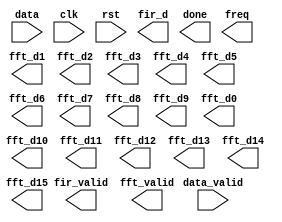

module  FAS (data_valid, data, clk, rst, fir_d, fir_valid, fft_valid, done, freq,
 fft_d1, fft_d2, fft_d3, fft_d4, fft_d5, fft_d6, fft_d7, fft_d8,
 fft_d9, fft_d10, fft_d11, fft_d12, fft_d13, fft_d14, fft_d15, fft_d0);
input clk, rst;
input data_valid;
input [15:0] data; 

output fir_valid, fft_valid;
output [15:0] fir_d;
output [31:0] fft_d1, fft_d2, fft_d3, fft_d4, fft_d5, fft_d6, fft_d7, fft_d8;
output [31:0] fft_d9, fft_d10, fft_d11, fft_d12, fft_d13, fft_d14, fft_d15, fft_d0;
output done;
output [3:0] freq;
//`include "./dat/FIR_coefficient.dat"






endmodule